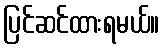
ပြင်ဆင်ထားရမယ်။